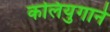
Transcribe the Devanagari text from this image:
कलियुगाने